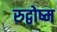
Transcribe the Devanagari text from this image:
रुद्वोष्म